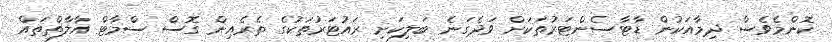
ކޮންމެވެސް ދިމާއަކުން ޑާޓާސެންޓަރުތަކަށް ވަދެގަނެ ބަލިކަށި ރައުޓަރުތަކުގެ ތެރެއިން ގޮސް ސްމާޓް އާލާތްތައް